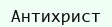
Антихрист